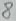
Text: 8